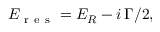
E _ { \mathrm { ~ r ~ e ~ s ~ } } = E _ { R } - i \, \Gamma / 2 ,